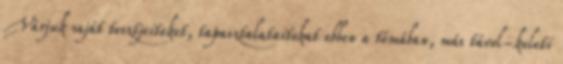
Várjuk saját tesztjeiteket, tapasztalataitokat ebben a témában, más távol-keleti